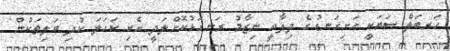
ހަރބަލް ސަޔަކީ ހަށިގަނޑުގެ ދިފާއީ ނިޒާމު ރަނގަޅުކޮށްލަދީ އެކި ކަހަލަ ކުދި ބަލިތަކުން